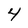
Character: 4